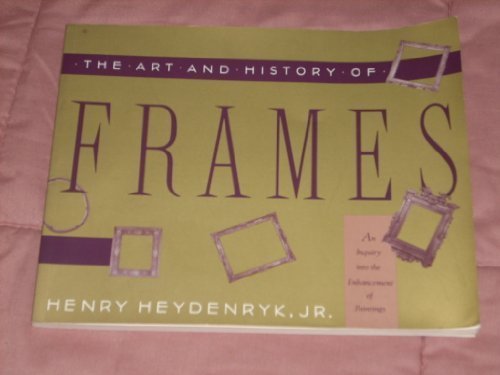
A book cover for The Art & History of Frames; Henry Heydenryk Jr.; Crafts, Hobbies & Home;